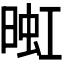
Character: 𬁅